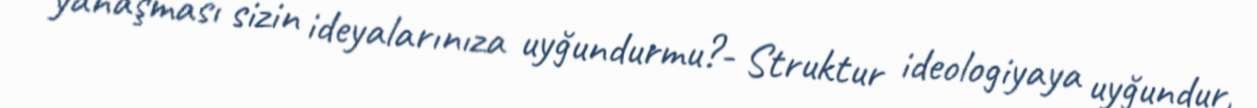
yanaşması sizin ideyalarınıza uyğundurmu?- Struktur ideologiyaya uyğundur,